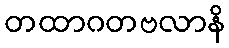
တထာဂတဗလာနိ